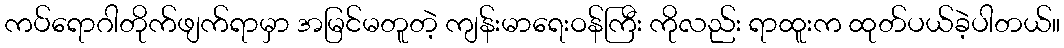
ကပ်ရောဂါတိုက်ဖျက်ရာမှာ အမြင်မတူတဲ့ ကျန်းမာရေးဝန်ကြီး ကိုလည်း ရာထူးက ထုတ်ပယ်ခဲ့ပါတယ်။